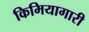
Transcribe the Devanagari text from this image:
किमियागारी